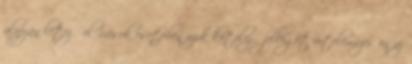
alapján létező előírások esetében azok kötelező jellegét értelemszerűen az